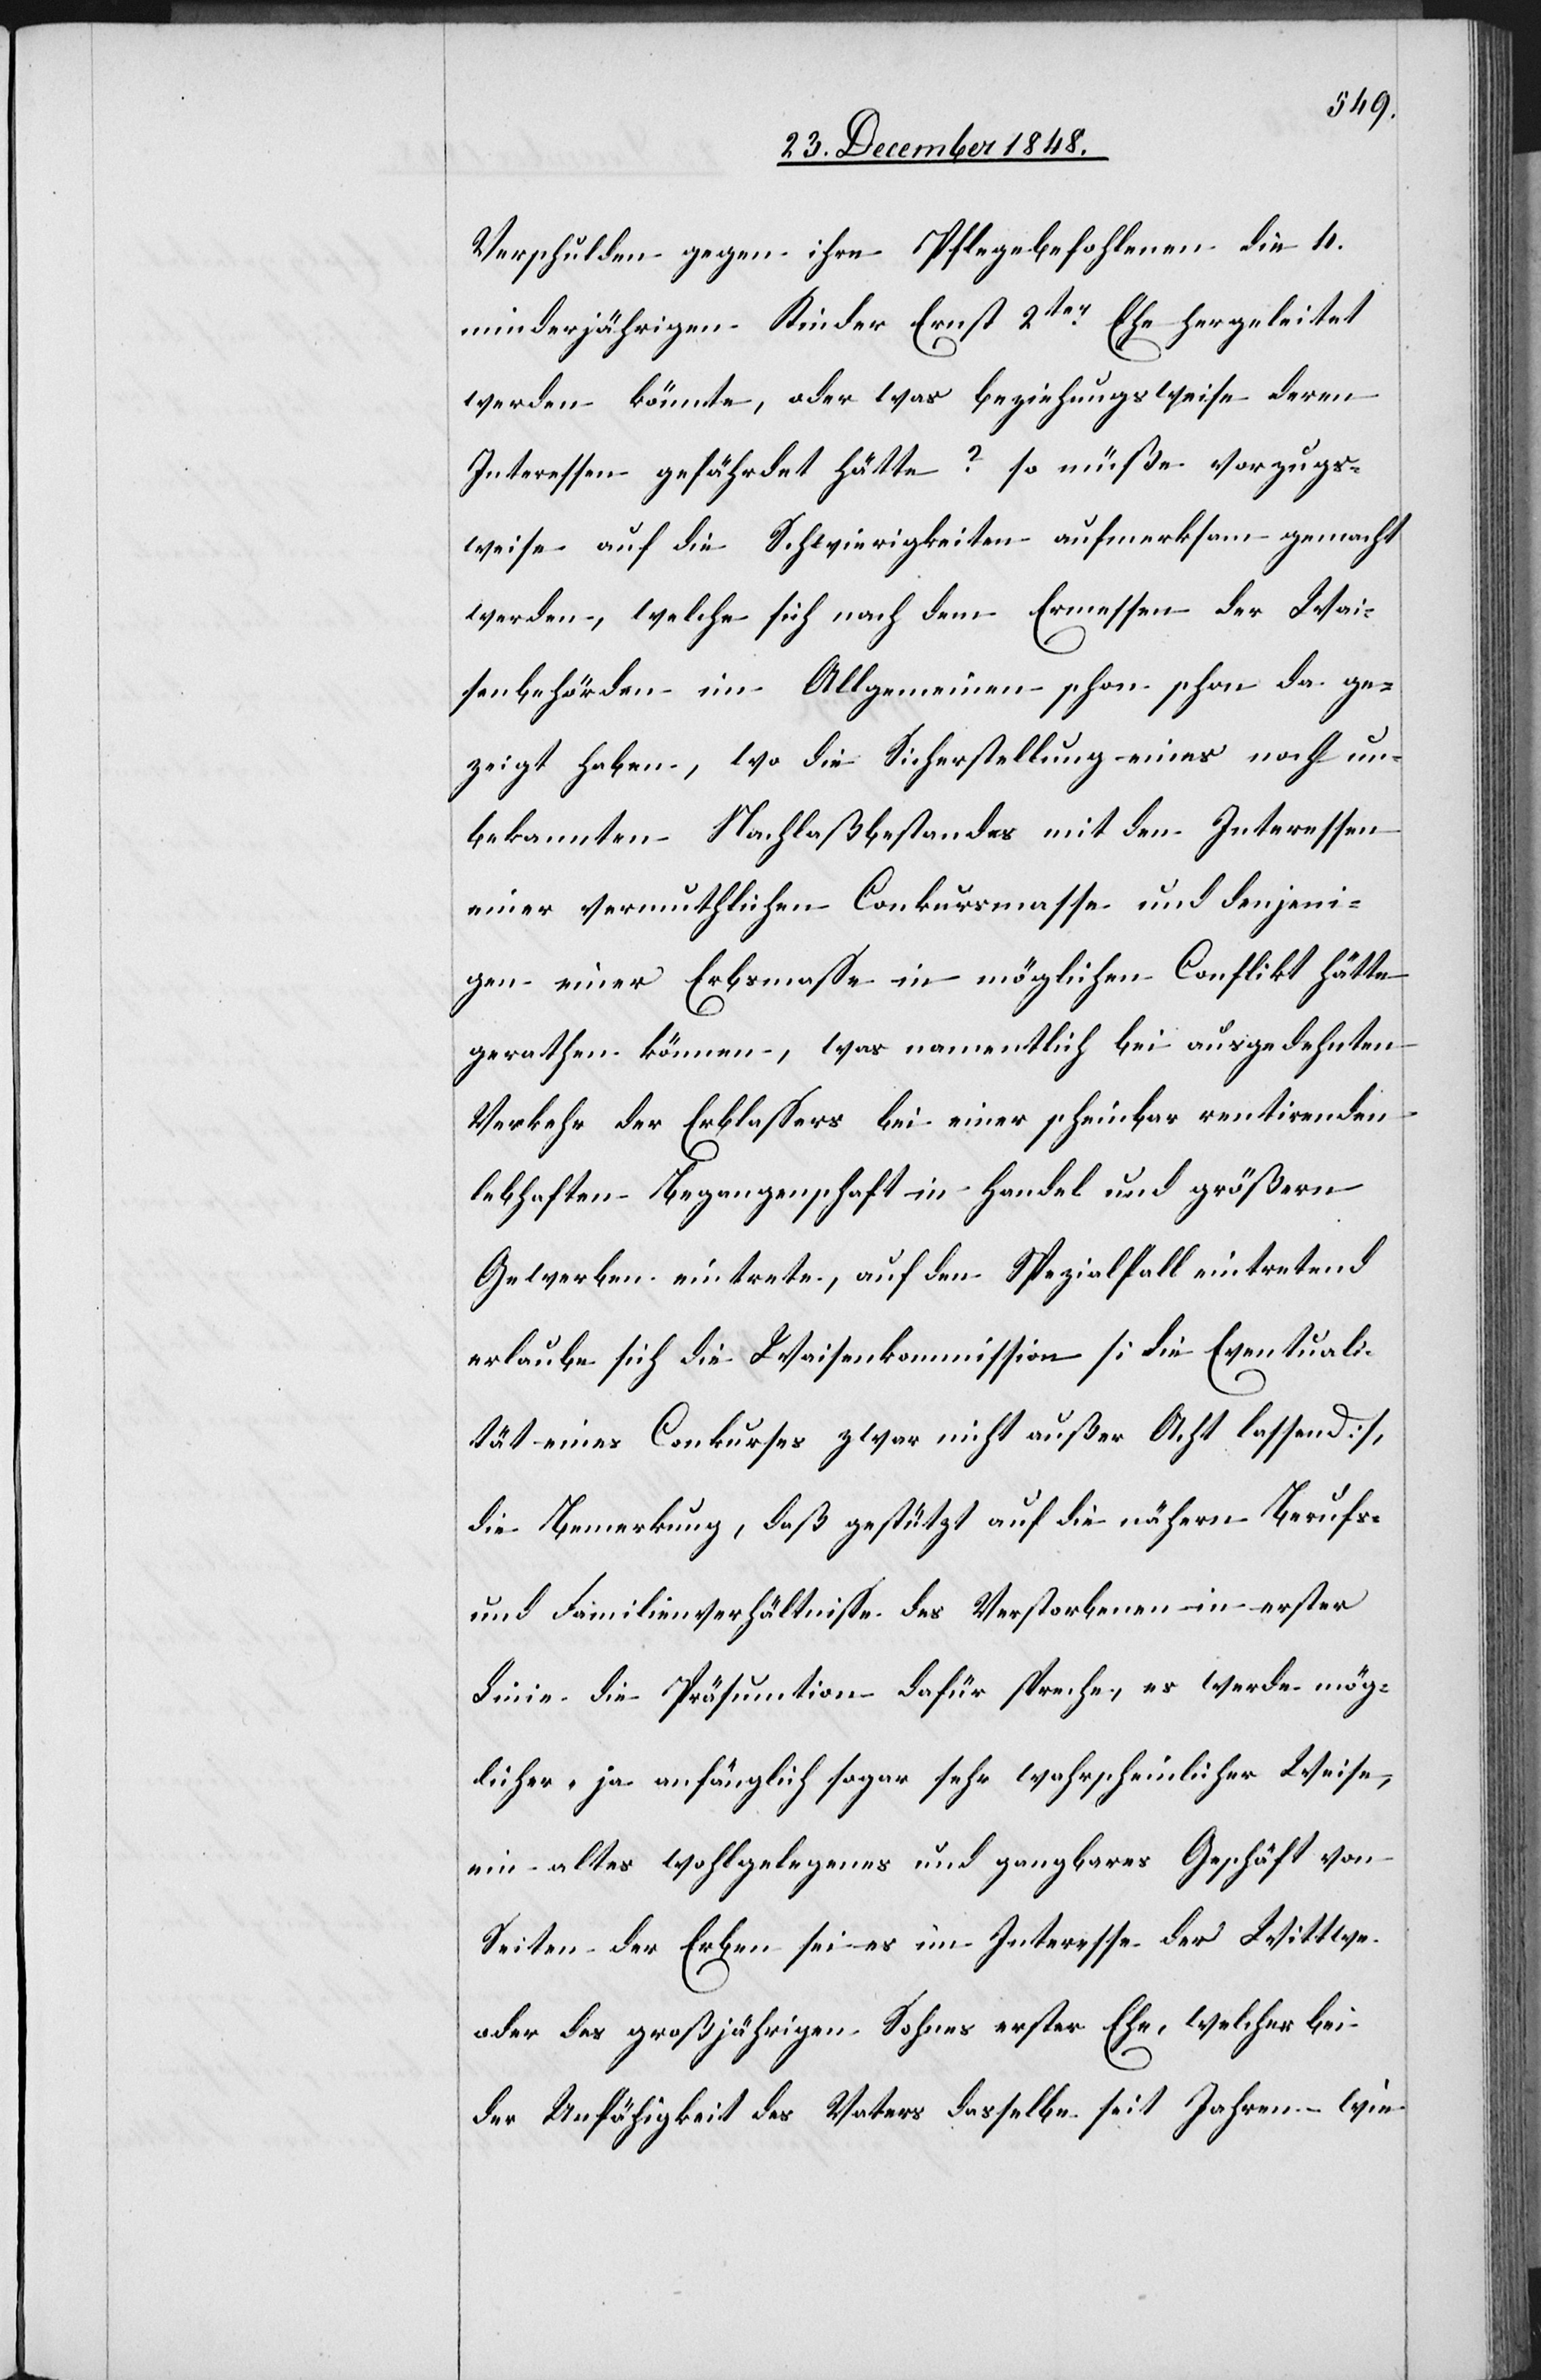
Verschulden gegen ihre Pflegebefohlenen die 4.
minderjährigen Kinder Ernst 2ter Ehe hergeleitet
werden könnte, aber was beziehungsweise deren
Interessen gefährdet hätte? so müße vorzugs¬
weise auf die Schwierigkeiten aufmerksam gemacht
werden, welche sich nach dem Ermessen der Wai¬
senbehörden im Allgemeinen schon schon
gezeigt haben, wo die Sicherstellung eines noch un¬
bekannten Nachlaßbestandes mit den Interessen
einer vermuthlichen Conkursmasse und denjeni¬
gen einer Erbsmasse in möglichen Conflikt hätte
gerathen können, was namentlich bei ausgedehnten
Verkehr des Erblassers bei einer scheinbar rentirenden
lebhaften Begangenschaft in Handel und größern
Gewerben eintrete, auf den Spezialfall eintretend
erlaube sich die Waisenkommission [die Eventuali¬
tät eines Conkurses zwar nicht außer Acht lassend],
die Bemerkung, daß gestützt auf die nähern Berufs-
und Familienverhältnisse des Verstorbenen in erster
Linie die Präsumtion dafür spreche, es werde mög¬
licher- ja anfänglich sogar sehr wahrscheinlicher Weise,
ein altes wohlgelegenes und gangbares Geschäft von
Seiten der Erben sei es im Interesse der Wittwe
oder des großjährigen Sohnes erster Ehe, welcher bei
der Unfähigkeit des Vaters dasselbe seit Jahren wie